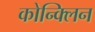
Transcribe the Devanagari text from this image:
कोन्क्लिन